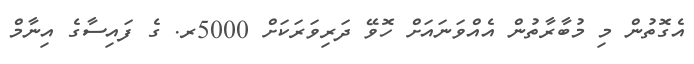
އެގޮތުން މި މުބާރާތުން އެއްވަނައަށް ހޮވޭ ދަރިވަރަކަށް 5000ރ. ގެ ފައިސާގެ އިނާމް